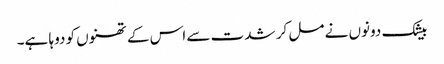
بیشک دونوں نے مل کر شدت سے اس کے تھنوں کو دوہا ہے۔